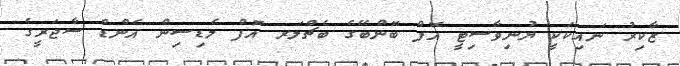
ޒާކިރު ނައިކަކީ ޔުނިވާސިޓީ އޮފް ބޮންބޭގެ ބެޗްލަރ އޮފް މެޑިސިން އެންޑް ސާޖަރީގެ